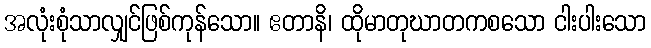
အလုံးစုံသာလျှင်ဖြစ်ကုန်သော။ ဧတာနိ၊ ထိုမာတုဃာတကစသော ငါးပါးသော